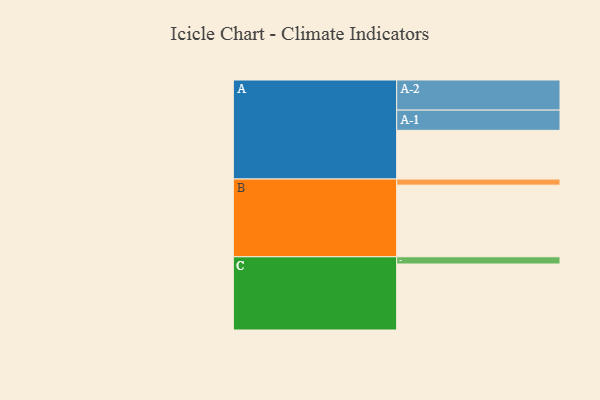
{"axis": {"x": "Segment", "y": "Value"}, "legend": ["", "A", "B", "C"], "data": [{"x": "A", "y": 398, "type": ""}, {"x": "B", "y": 585, "type": ""}, {"x": "C", "y": 539, "type": ""}, {"x": "A-1", "y": 165, "type": "A"}, {"x": "A-2", "y": 246, "type": "A"}, {"x": "B-1", "y": 50, "type": "B"}, {"x": "C-1", "y": 59, "type": "C"}]}